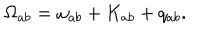
\Omega _ { a b } = \omega _ { a b } + K _ { a b } + q _ { a b } .